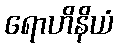
ရောဟိနိယံ